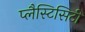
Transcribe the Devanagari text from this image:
प्लैस्टिसिटी